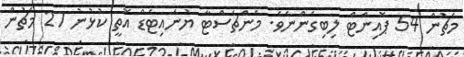
މެޗުން 54 ޕޮއިންޓް ލިބިގެންނެވެ. މެންޗެސްޓާ ޔުނައިޓެޑް އޮތީ ކުޅުނު 27 މެޗުން